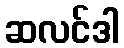
ဆလင်ဒါ